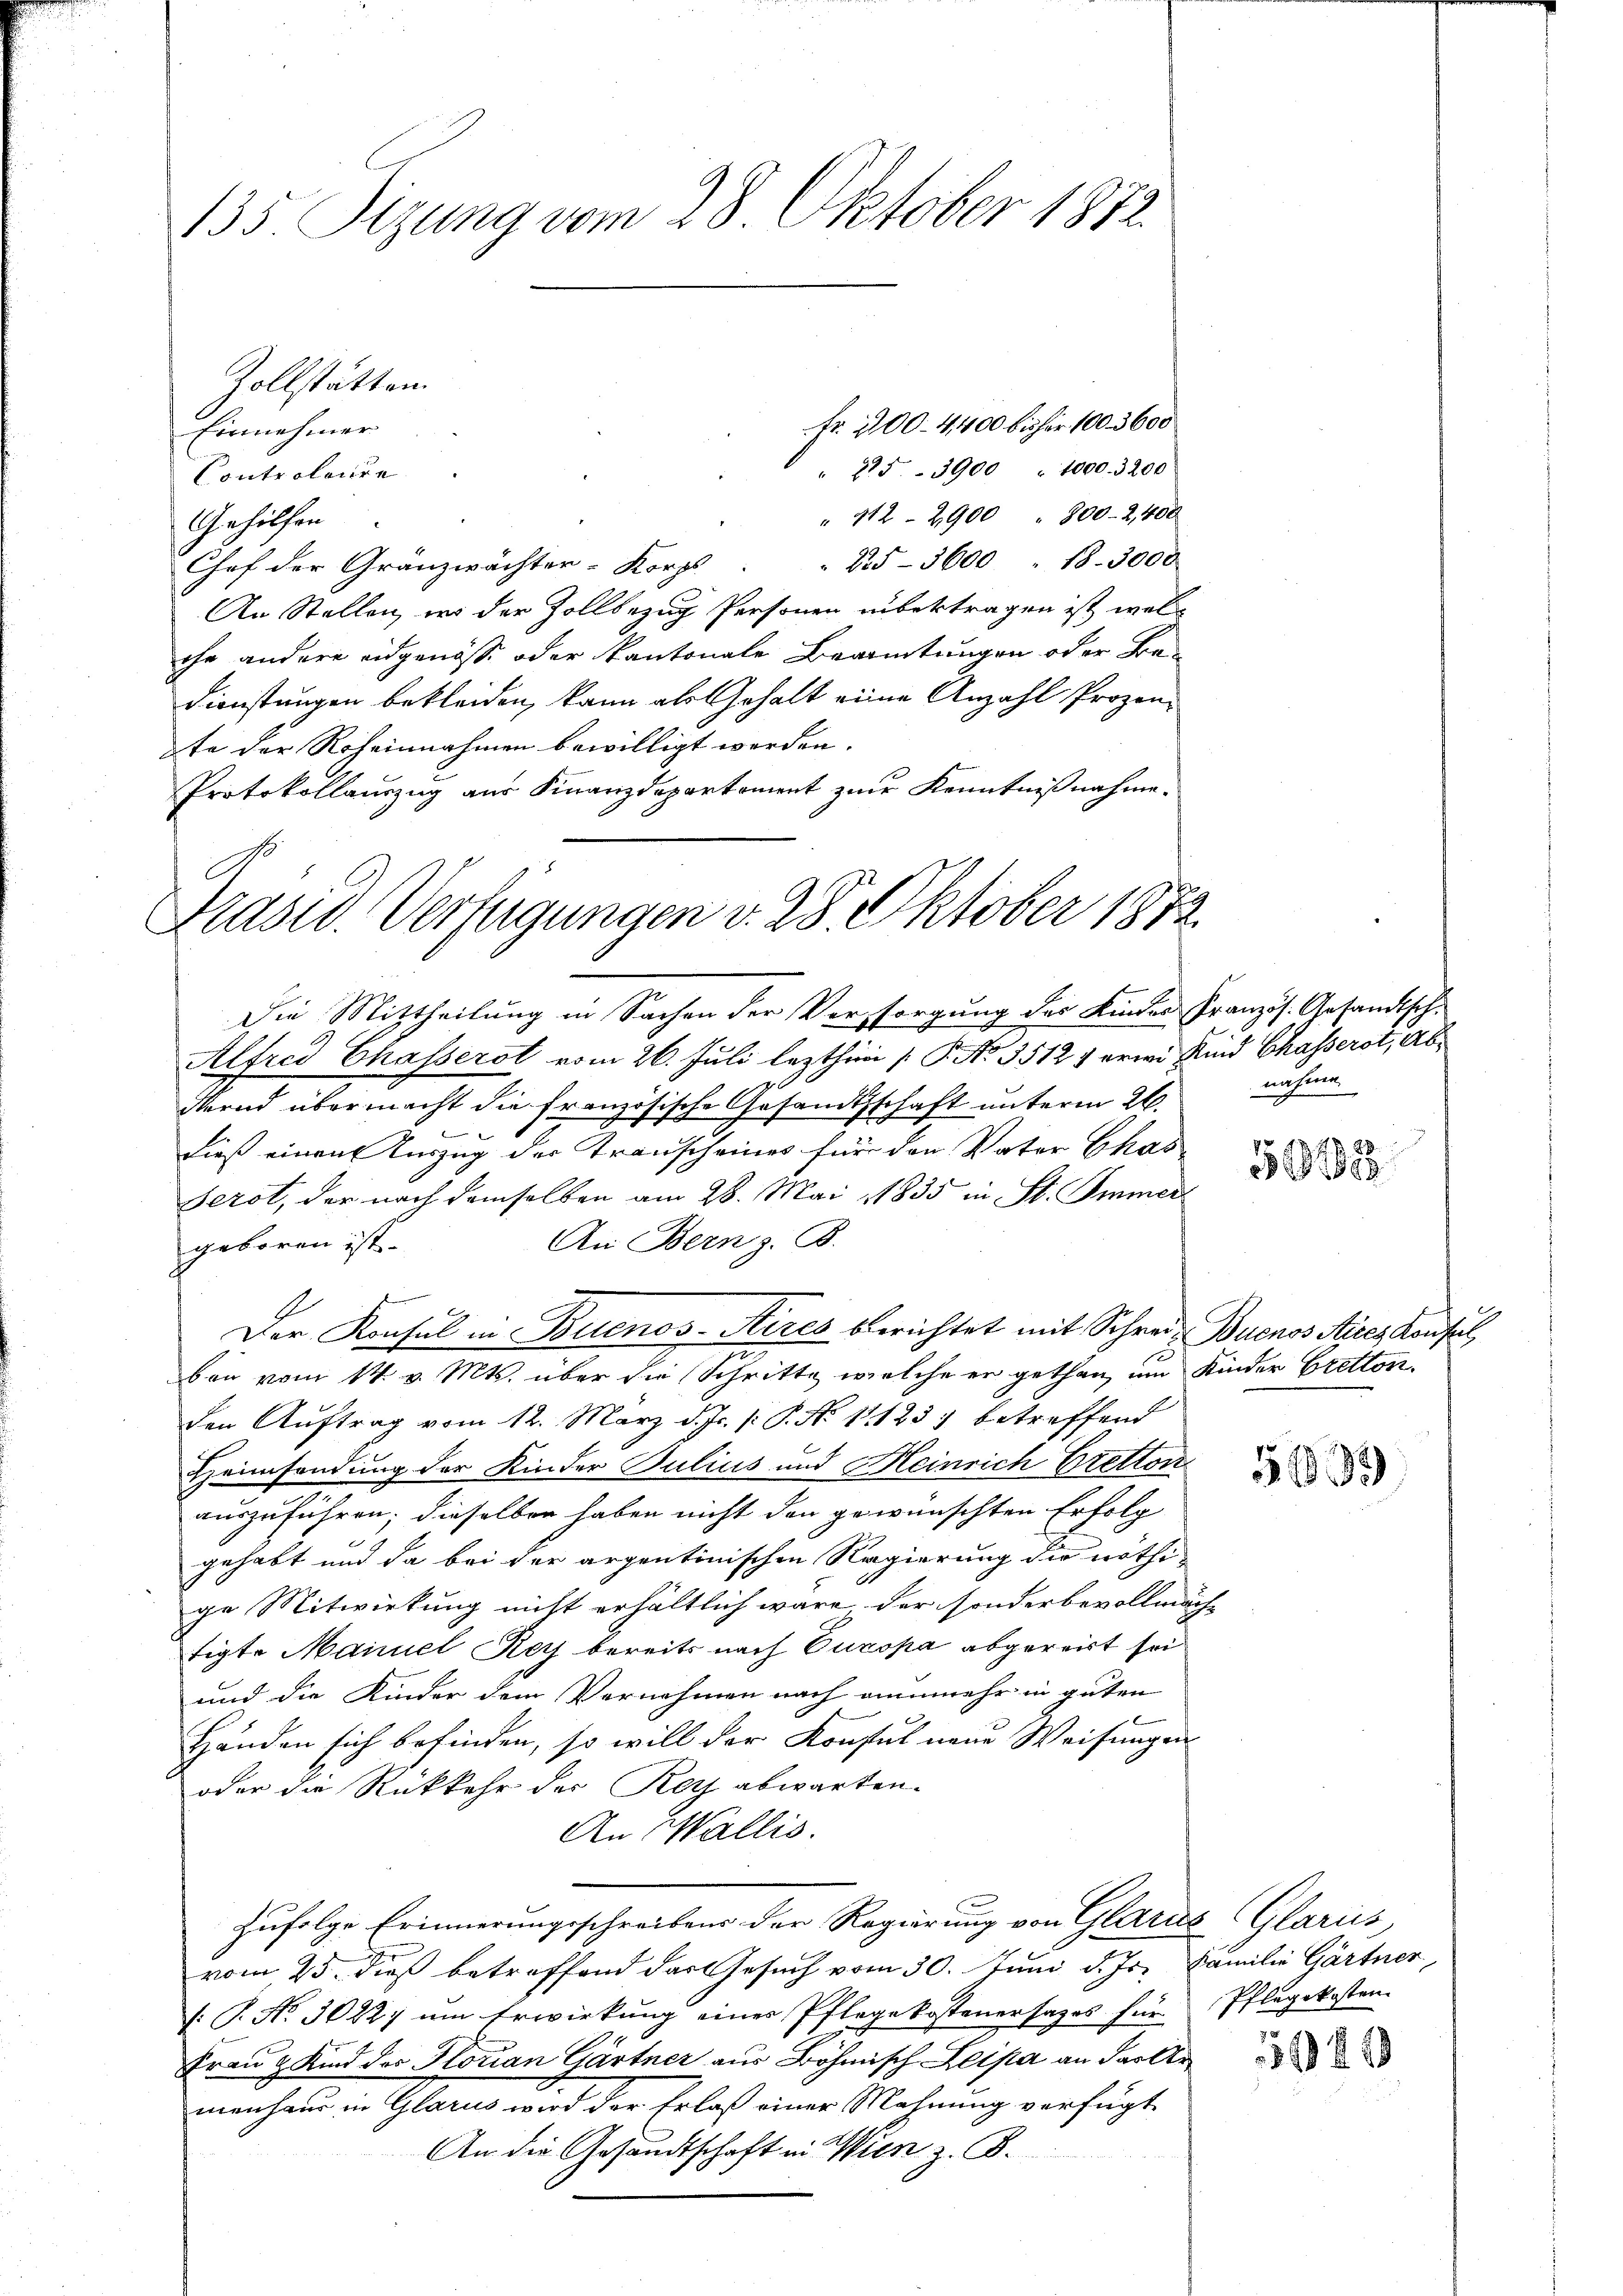
135. Sizung vom 28. Oktober 1872.

Fr. 200 - 4,400 bisher 100. 3600
Einnehmer
" 275. 3900 " 1000. 3200
Controlarire
" 212 - 2900 " 800-2,400
Gehilfen
225-3600 " 18. 3000
Chof der Gränzwächter-Korps
An Stellen, wo der Zollbezug Personen unbertragen ist, welch
che andere eidgenösse oder kantonale Beamtungen oder Be¬
Dienstungen bekleiden, kann als Gehalt eine Anzahl Prozente der Roheinnahmen bewilligt werden.
Protokollauszug aus Finanzdepartement zur Kenntnißnahme.
Die Mittheilung in Sachen der Vorsorgung des Kinder Französ. Gesandtsch-
Alfred Chasserst vom 26. Juli lezthini [ P. No. 35127 erwi Kind Chasserst, ab¬
Mernd übermacht die französische Gesandtschaft unterm 26. nahme
dieß einen Auszug der Transcheines für den Vater Chas
Serot, der nach demselben am 28. Mai 1835 in St. Immer
An Bern z. B.
geboren ist.
Der Konsul in Buenos-Aires berichtet mit Schrei- Buenos Aires Konsul
ben vom 14. v. Mts. über die Schritte, welche er gethan, um Kinder Bretton
den Auftrag vom 12. März d. Js. [: P. No 11123) betreffend
Heimsendung der Kinder Julius und Meinrich Bretton
auszuführen; dieselben haben nicht den gewünschten Erfolg
gehabt und da bei der argentinischen Regierung die nöthi
ge Mitwirkung nicht erhältlich wäre der sonderbevollmäch-
tigte Manuel Rey bereits nach Europa abgereist sei
und die Kinder dem Vernehmen nach nunmehr in guten
b
Händen sich befinden, so will der Konsul neue Weisungen
oder die Rückkehr der Reis abwarten.
An Wallis.
zufolge Erinnerungsschreibens der Regierung von Glarus (Glarus,
vom 25. dieß betreffend das Gesuch vom 30. Juni d. Js. Familie Gärtner
[: P. No. 3022; um Erwirkung eines Pflegekostenersages für Pflegekosten
Frau & Kind des Florian Gärtner aus Böhmisch Leipa an das Urmenhaus in Glarus wird der Erlaß einer Mahnung verfügt
An die Gesandtschaft in Wien z. B.

Zollstätten.

Präsid. Verfügungen v. 28. Oktober 1872.

31883

31992

541